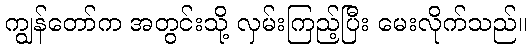
ကျွန်တော်က အတွင်းသို့ လှမ်းကြည့်ပြီး မေးလိုက်သည်။